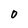
Character: O